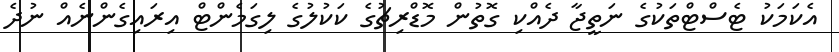
އެކަމަކު ޓެސްޓްތަކުގެ ނަތީޖާ ދެއްކި ގޮތުން މޮޑްރިޗުގެ ކަކުލުގެ ލިގަަމެންޓް އިރައިގެންނެއް ނުދެ